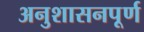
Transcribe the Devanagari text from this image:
अनुशासनपूर्ण